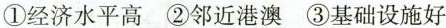
①经济水平高 ②邻近港澳 ③基础设施好